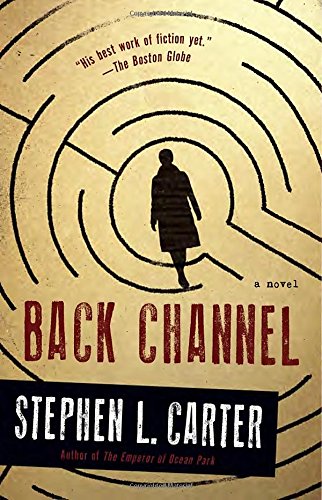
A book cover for Back Channel; Stephen L. Carter; Literature & Fiction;